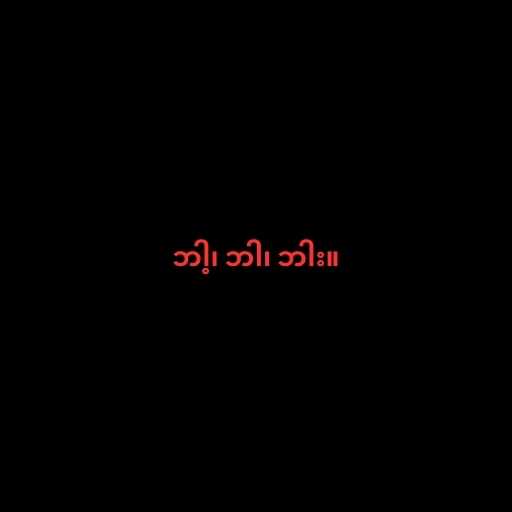
ဘါ့၊ ဘါ၊ ဘါး။